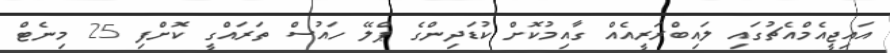
އައިޖީއެމްއެޗުގައި ލައިބްރަރީއެއް ގާއިމުކޮށް ކުޑަދިންގެ ޕްލޭ ހައުސް ތަރައްގީ ކޮށްފި 25 މިނެޓް